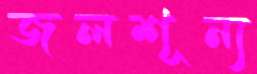
জলশূন্য